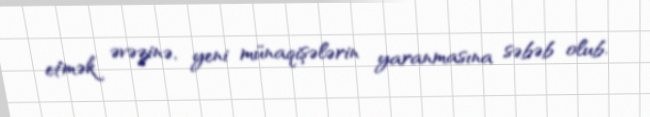
etmək əvəzinə, yeni münaqişələrin yaranmasına səbəb olub.